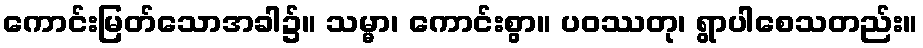
ကောင်းမြတ်သောအခါ၌။ သမ္မာ၊ ကောင်းစွာ။ ပဝဿတု၊ ရွာပါစေသတည်း။